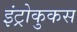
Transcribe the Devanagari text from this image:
इंट्रोकुकस